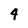
Character: 9